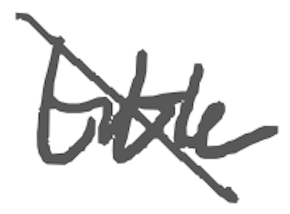
Text: title
Cross-out: diagonal
Writing tool: digital_gray